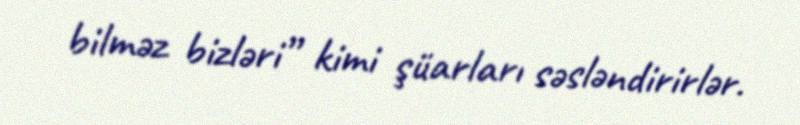
bilməz bizləri” kimi şüarları səsləndirirlər.